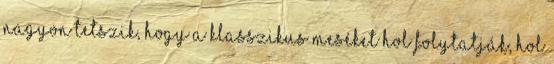
nagyon tetszik, hogy a klasszikus meséket hol folytatják, hol